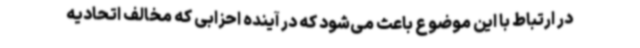
در ارتباط با این موضوع باعث می‌شود که در آینده احزابی که مخالف اتحادیه